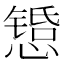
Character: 𫻇